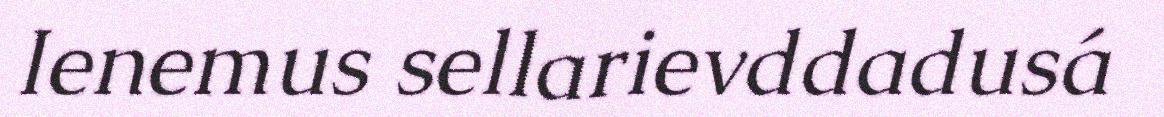
Ienemus sellarievddadusá